Annual returns of the Patna Lunatic Asylum at Bankipore in Bihar and Orissa - 1912-1924
Year: 1912
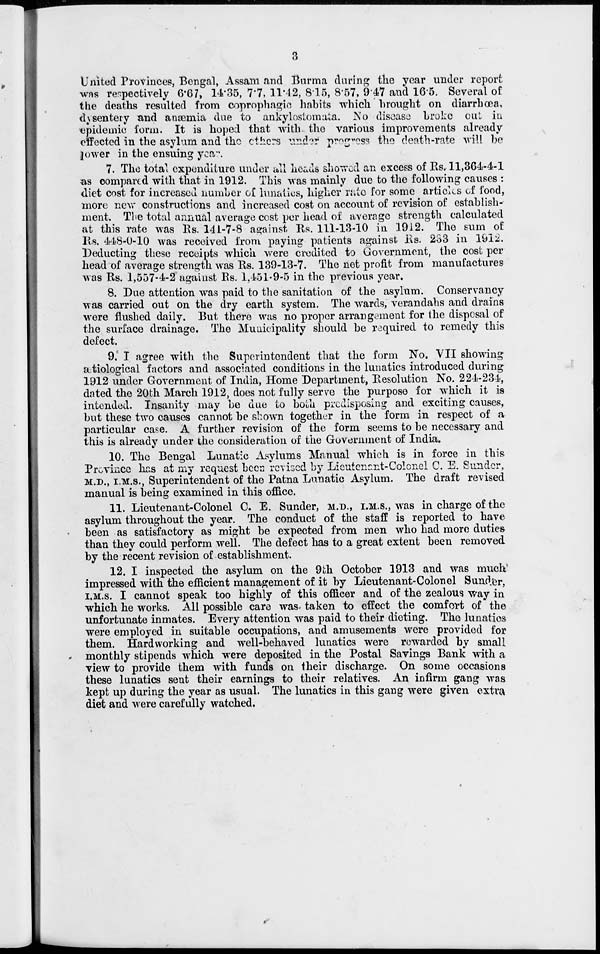
3
United Provinces, Bengal, Assam and Burma during the year under report
was respectively 6.67, 14.35, 7.7, 11.42, 8.15, 8.57, 9.47 and 16.5. Several of
the deaths resulted from coprophagic habits which brought on diarrhœa,
dysentery and anæmia due to ankylostomata. No disease broke cut in
epidemic form. It is hoped that with the various improvements already
effected in the asylum and the others under progress the death-rate will be
lower in the ensuing year.
7. The total expenditure under all heads showed an excess of Rs. 11,364-4-1
as compared with that in 1912. This was mainly due to the following causes :
diet cost for increased number of lunatics, higher rate for some articles of food,
more new constructions and increased cost on account of revision of establish-
ment. The total annual average cost per head of average strength calculated
at this rate was Rs. 141-7-8 against Rs. 111-13-10 in 1912. The sum of
Rs. 448-0-10 was received from paying patients against Rs. 233 in 1912.
Deducting these receipts which were credited to Government, the cost per
head of average strength was Rs. 139-13-7. The net profit from manufactures
was Rs. 1,557-4-2 against Rs. 1,451-9-5 in the previous year.
8. Due attention was paid to the sanitation of the asylum. Conservancy
was carried out on the dry earth system. The wards, verandahs and drains
were flushed daily. But there was no proper arrangement for the disposal of
the surface drainage. The Municipality should be required to remedy this
defect.
9. I agree with the Superintendent that the form No. VII showing
ætiological factors and associated conditions in the lunatics introduced during
1912 under Government of India, Home Department, Resolution No. 224-234,
dated the 20th March 1912, does not fully serve the purpose for which it is
intended. Insanity may be due to both predisposing and exciting causes,
but these two causes cannot be shown together in the form in respect of a
particular case. A further revision of the form seems to be necessary and
this is already under the consideration of the Government of India.
10. The Bengal Lunatic Asylums Manual which is in force in this
Province has at my request been revised by Lieutenant-Colonel C. E. Sunder,
M.D., I.M.S., Superintendent of the Patna Lunatic Asylum. The draft revised
manual is being examined in this office.
11. Lieutenant-Colonel C. E. Sunder, M.D., I.M.S., was in charge of the
asylum throughout the year. The conduct of the staff is reported to have
been as satisfactory as might be expected from men who had more duties
than they could perform well. The defect has to a great extent been removed
by the recent revision of establishment.
12. I inspected the asylum on the 9th October 1913 and was much
impressed with the efficient management of it by Lieutenant-Colonel Sunder,
I.M.S. I cannot speak too highly of this officer and of the zealous way in
which he works. All possible care was taken to effect the comfert of the
unfortunate inmates. Every attention was paid to their dieting. The lunatics
were employed in suitable occupations, and amusements were provided for
them. Hardworking and well-behaved lunatics were rewarded by small
monthly stipends which were deposited in the Postal Savings Bank with a
view to provide them with funds on their discharge. On some occasions
these lunatics sent their earnings to their relatives. An infirm gang was
kept up during the year as usual. The lunatics in this gang were given extra
diet and were carefully watched.